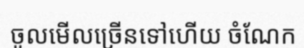
ចូលមើលច្រើនទៅហើយ ចំណែក